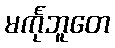
မင်္ကုဘူတေ